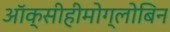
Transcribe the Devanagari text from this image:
ऑक्सीहीमोग्लोबिन